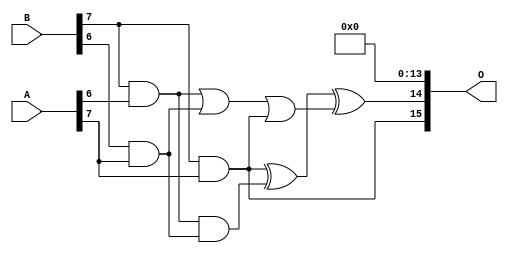
/***
* This code is a part of EvoApproxLib library (ehw.fit.vutbr.cz/approxlib) distributed under The MIT License.
* When used, please cite the following article(s): V. Mrazek, Z. Vasicek, L. Sekanina, H. Jiang and J. Han, "Scalable Construction of Approximate Multipliers With Formally Guaranteed Worst Case Error" in IEEE Transactions on Very Large Scale Integration (VLSI) Systems, vol. 26, no. 11, pp. 2572-2576, Nov. 2018. doi: 10.1109/TVLSI.2018.2856362 
* This file contains a circuit from a sub-set of pareto optimal circuits with respect to the pwr and wce parameters
***/
// MAE% = 0.011 %
// MAE = 463046 
// WCE% = 0.058 %
// WCE = 2472129 
// WCRE% = 1500.00 %
// EP% = 100.00 %
// MRE% = 0.46 %
// MSE = 32818.049e7 
// PDK45_PWR = 0.791 mW
// PDK45_AREA = 1284.9 um2
// PDK45_DELAY = 2.03 ns

module mult8_cgp14ep_ep65536_wc16384_2_csamcsa (
    A,
    B,
    O
);

input [7:0] A;
input [7:0] B;
output [15:0] O;

wire sig_225,sig_267,sig_268,sig_299,sig_300,sig_302,sig_328,sig_331;

assign sig_225 = B[7] & A[6];
assign sig_267 = B[6] & A[7];
assign sig_268 = B[7] & A[7];
assign sig_299 = sig_225 | sig_267;
assign sig_300 = sig_225 & sig_267;
assign sig_302 = sig_299 | sig_268;
assign sig_328 = sig_268 ^ sig_300;
assign sig_331 = sig_328 ^ sig_302;

assign O[15] = sig_268;
assign O[14] = sig_331;
assign O[13] = 1'b0;
assign O[12] = 1'b0;
assign O[11] = 1'b0;
assign O[10] = 1'b0;
assign O[9] = 1'b0;
assign O[8] = 1'b0;
assign O[7] = 1'b0;
assign O[6] = 1'b0;
assign O[5] = 1'b0;
assign O[4] = 1'b0;
assign O[3] = 1'b0;
assign O[2] = 1'b0;
assign O[1] = 1'b0;
assign O[0] = 1'b0;

endmodule

module mult8_cgp14ep_ep65536_wc4545_rcam (
    A,
    B,
    O
);

input [7:0] A;
input [7:0] B;
output [15:0] O;

wire sig_163,sig_208,sig_241,sig_242,sig_251,sig_252,sig_253,sig_260,sig_272,sig_281,sig_283,sig_284,sig_285,sig_286,sig_287,sig_288,sig_289,sig_290,sig_295,sig_296;
wire sig_297,sig_298,sig_312,sig_313,sig_315,sig_316,sig_317,sig_318,sig_319,sig_320,sig_321,sig_322,sig_323,sig_324,sig_325,sig_326,sig_327,sig_328,sig_329,sig_330;
wire sig_331,sig_332,sig_333,sig_334,sig_335;

assign sig_163 = B[7] & A[4];
assign sig_208 = B[7] & A[5];
assign sig_241 = sig_163 ^ sig_208;
assign sig_242 = sig_163 & A[5];
assign sig_251 = B[5] & A[6];
assign sig_252 = B[6] & A[6];
assign sig_253 = B[7] & A[6];
assign sig_260 = sig_252 & sig_241;
assign sig_272 = A[5] & B[6];
assign sig_281 = sig_241 ^ sig_252;
assign sig_283 = sig_281 & sig_251;
assign sig_284 = sig_281 ^ sig_251;
assign sig_285 = sig_260 | sig_283;
assign sig_286 = sig_242 ^ sig_253;
assign sig_287 = sig_242 & sig_253;
assign sig_288 = sig_253 & sig_285;
assign sig_289 = sig_286 ^ sig_285;
assign sig_290 = sig_287 | sig_288;
assign sig_295 = B[4] & A[7];
assign sig_296 = B[5] & A[7];
assign sig_297 = B[6] & A[7];
assign sig_298 = B[7] & A[7];
assign sig_312 = A[7] & B[3];
assign sig_313 = B[4] & A[3];
assign sig_315 = sig_312 | sig_313;
assign sig_316 = sig_272 ^ sig_295;
assign sig_317 = sig_272 & sig_295;
assign sig_318 = sig_316 & sig_315;
assign sig_319 = sig_316 ^ sig_315;
assign sig_320 = sig_317 | sig_318;
assign sig_321 = sig_284 ^ sig_296;
assign sig_322 = sig_284 & sig_296;
assign sig_323 = sig_321 & sig_320;
assign sig_324 = sig_321 ^ sig_320;
assign sig_325 = sig_322 | sig_323;
assign sig_326 = sig_289 ^ sig_297;
assign sig_327 = sig_289 & sig_297;
assign sig_328 = sig_326 & sig_325;
assign sig_329 = sig_326 ^ sig_325;
assign sig_330 = sig_327 | sig_328;
assign sig_331 = sig_290 ^ sig_298;
assign sig_332 = sig_290 & A[7];
assign sig_333 = B[7] & sig_330;
assign sig_334 = sig_331 ^ sig_330;
assign sig_335 = sig_332 | sig_333;

assign O[15] = sig_335;
assign O[14] = sig_334;
assign O[13] = sig_329;
assign O[12] = sig_324;
assign O[11] = sig_319;
assign O[10] = sig_272;
assign O[9] = sig_298;
assign O[8] = sig_295;
assign O[7] = sig_331;
assign O[6] = 1'b0;
assign O[5] = sig_298;
assign O[4] = 1'b0;
assign O[3] = sig_288;
assign O[2] = sig_331;
assign O[1] = sig_287;
assign O[0] = 1'b0;

endmodule

module mult8_cgp14_wc3_csamcsa (
    A,
    B,
    O
);

input [7:0] A;
input [7:0] B;
output [15:0] O;

wire sig_18,sig_19,sig_20,sig_21,sig_22,sig_23,sig_25,sig_26,sig_27,sig_28,sig_29,sig_30,sig_31,sig_32,sig_34,sig_35,sig_36,sig_37,sig_38,sig_39;
wire sig_40,sig_41,sig_42,sig_43,sig_44,sig_45,sig_46,sig_47,sig_48,sig_49,sig_50,sig_51,sig_52,sig_53,sig_54,sig_55,sig_59,sig_60,sig_61,sig_62;
wire sig_63,sig_64,sig_65,sig_66,sig_67,sig_68,sig_69,sig_70,sig_71,sig_72,sig_73,sig_74,sig_75,sig_76,sig_77,sig_78,sig_79,sig_80,sig_81,sig_82;
wire sig_83,sig_84,sig_85,sig_87,sig_88,sig_89,sig_90,sig_91,sig_92,sig_93,sig_94,sig_95,sig_96,sig_97,sig_98,sig_99,sig_100,sig_101,sig_102,sig_103;
wire sig_104,sig_105,sig_106,sig_107,sig_108,sig_109,sig_110,sig_111,sig_112,sig_113,sig_114,sig_115,sig_116,sig_117,sig_118,sig_119,sig_120,sig_121,sig_122,sig_123;
wire sig_124,sig_125,sig_126,sig_127,sig_128,sig_129,sig_130,sig_131,sig_132,sig_133,sig_134,sig_135,sig_136,sig_137,sig_138,sig_139,sig_140,sig_141,sig_142,sig_143;
wire sig_144,sig_145,sig_146,sig_147,sig_148,sig_149,sig_150,sig_151,sig_152,sig_153,sig_154,sig_155,sig_156,sig_157,sig_158,sig_159,sig_160,sig_161,sig_162,sig_163;
wire sig_164,sig_165,sig_166,sig_167,sig_168,sig_169,sig_170,sig_171,sig_172,sig_173,sig_174,sig_175,sig_176,sig_177,sig_178,sig_179,sig_180,sig_181,sig_182,sig_183;
wire sig_184,sig_185,sig_186,sig_187,sig_188,sig_189,sig_190,sig_191,sig_192,sig_193,sig_194,sig_195,sig_196,sig_197,sig_198,sig_199,sig_200,sig_201,sig_202,sig_203;
wire sig_204,sig_205,sig_206,sig_207,sig_208,sig_209,sig_210,sig_211,sig_212,sig_213,sig_214,sig_215,sig_216,sig_217,sig_218,sig_219,sig_220,sig_221,sig_222,sig_223;
wire sig_224,sig_225,sig_226,sig_227,sig_228,sig_229,sig_230,sig_231,sig_232,sig_233,sig_234,sig_235,sig_236,sig_237,sig_238,sig_239,sig_240,sig_241,sig_242,sig_243;
wire sig_244,sig_245,sig_246,sig_247,sig_248,sig_249,sig_250,sig_251,sig_252,sig_253,sig_254,sig_255,sig_256,sig_257,sig_258,sig_259,sig_260,sig_261,sig_262,sig_263;
wire sig_264,sig_265,sig_266,sig_267,sig_268,sig_269,sig_270,sig_271,sig_272,sig_273,sig_274,sig_275,sig_276,sig_277,sig_278,sig_279,sig_280,sig_281,sig_282,sig_283;
wire sig_284,sig_285,sig_286,sig_287,sig_288,sig_289,sig_290,sig_291,sig_292,sig_293,sig_294,sig_295,sig_296,sig_297,sig_298,sig_299,sig_300,sig_301,sig_302,sig_303;
wire sig_304,sig_305,sig_306,sig_307,sig_308,sig_309,sig_310,sig_311,sig_312,sig_313,sig_314,sig_315,sig_316,sig_317,sig_318,sig_319,sig_320,sig_321,sig_322,sig_323;
wire sig_324,sig_325,sig_326,sig_327,sig_328,sig_329,sig_330,sig_331,sig_332,sig_333,sig_335,sig_336,sig_338,sig_339,sig_340,sig_341,sig_344,sig_345,sig_348,sig_349;
wire sig_350,sig_352,sig_353,sig_354,sig_355,sig_356,sig_357,sig_358,sig_361,sig_362;

assign sig_18 = B[2] & A[0];
assign sig_19 = B[3] & A[0];
assign sig_20 = B[4] & A[0];
assign sig_21 = B[5] & A[0];
assign sig_22 = B[6] & sig_21;
assign sig_23 = B[7] & A[0];
assign sig_25 = B[1] & A[1];
assign sig_26 = B[2] & A[1];
assign sig_27 = B[3] & A[1];
assign sig_28 = B[4] & A[1];
assign sig_29 = B[5] & A[1];
assign sig_30 = B[6] & A[1];
assign sig_31 = B[7] & A[1];
assign sig_32 = A[0] & B[6];
assign sig_34 = sig_18 ^ sig_25;
assign sig_35 = sig_18 & sig_25;
assign sig_36 = sig_19 ^ sig_26;
assign sig_37 = sig_19 & sig_26;
assign sig_38 = sig_20 ^ sig_27;
assign sig_39 = sig_20 & sig_27;
assign sig_40 = sig_21 ^ sig_28;
assign sig_41 = sig_21 & sig_28;
assign sig_42 = sig_32 ^ sig_29;
assign sig_43 = sig_22 & A[1];
assign sig_44 = sig_23 ^ sig_30;
assign sig_45 = sig_31 & sig_32;
assign sig_46 = B[0] & A[2];
assign sig_47 = B[1] & A[2];
assign sig_48 = B[2] & A[2];
assign sig_49 = B[3] & A[2];
assign sig_50 = B[4] & A[2];
assign sig_51 = B[5] & A[2];
assign sig_52 = B[6] & A[2];
assign sig_53 = B[7] & A[2];
assign sig_54 = sig_34 ^ sig_46;
assign sig_55 = sig_34 & sig_46;
assign sig_59 = sig_36 ^ sig_47;
assign sig_60 = sig_36 & sig_47;
assign sig_61 = sig_59 & sig_35;
assign sig_62 = sig_59 ^ sig_35;
assign sig_63 = sig_60 | sig_61;
assign sig_64 = sig_38 ^ sig_48;
assign sig_65 = sig_38 & sig_48;
assign sig_66 = sig_64 & sig_37;
assign sig_67 = sig_64 ^ sig_37;
assign sig_68 = sig_65 | sig_66;
assign sig_69 = sig_40 ^ sig_49;
assign sig_70 = sig_40 & sig_49;
assign sig_71 = sig_69 & sig_39;
assign sig_72 = sig_69 ^ sig_39;
assign sig_73 = sig_70 | sig_71;
assign sig_74 = sig_42 ^ sig_50;
assign sig_75 = sig_42 & sig_50;
assign sig_76 = sig_74 & sig_41;
assign sig_77 = sig_74 ^ sig_41;
assign sig_78 = sig_75 | sig_76;
assign sig_79 = sig_44 ^ sig_51;
assign sig_80 = sig_44 & sig_51;
assign sig_81 = sig_79 & sig_43;
assign sig_82 = sig_79 ^ sig_43;
assign sig_83 = sig_80 | sig_81;
assign sig_84 = sig_31 ^ sig_52;
assign sig_85 = sig_31 & sig_52;
assign sig_87 = sig_84 ^ sig_45;
assign sig_88 = sig_85 | sig_45;
assign sig_89 = B[0] & A[3];
assign sig_90 = B[1] & A[3];
assign sig_91 = B[2] & A[3];
assign sig_92 = B[3] & A[3];
assign sig_93 = B[4] & A[3];
assign sig_94 = B[5] & A[3];
assign sig_95 = B[6] & A[3];
assign sig_96 = B[7] & A[3];
assign sig_97 = sig_62 ^ sig_89;
assign sig_98 = sig_62 & sig_89;
assign sig_99 = sig_97 & sig_55;
assign sig_100 = sig_97 ^ sig_55;
assign sig_101 = sig_98 | sig_99;
assign sig_102 = sig_67 ^ sig_90;
assign sig_103 = sig_67 & sig_90;
assign sig_104 = sig_102 & sig_63;
assign sig_105 = sig_102 ^ sig_63;
assign sig_106 = sig_103 | sig_104;
assign sig_107 = sig_72 ^ sig_91;
assign sig_108 = sig_72 & sig_91;
assign sig_109 = sig_107 & sig_68;
assign sig_110 = sig_107 ^ sig_68;
assign sig_111 = sig_108 | sig_109;
assign sig_112 = sig_77 ^ sig_92;
assign sig_113 = sig_77 & sig_92;
assign sig_114 = sig_112 & sig_73;
assign sig_115 = sig_112 ^ sig_73;
assign sig_116 = sig_113 | sig_114;
assign sig_117 = sig_82 ^ sig_93;
assign sig_118 = sig_82 & sig_93;
assign sig_119 = sig_117 & sig_78;
assign sig_120 = sig_117 ^ sig_78;
assign sig_121 = sig_118 | sig_119;
assign sig_122 = sig_87 ^ sig_94;
assign sig_123 = sig_87 & sig_94;
assign sig_124 = sig_122 & sig_83;
assign sig_125 = sig_122 ^ sig_83;
assign sig_126 = sig_123 | sig_124;
assign sig_127 = sig_53 ^ sig_95;
assign sig_128 = sig_53 & sig_95;
assign sig_129 = sig_127 & sig_88;
assign sig_130 = sig_127 ^ sig_88;
assign sig_131 = sig_128 | sig_129;
assign sig_132 = B[0] & A[4];
assign sig_133 = B[1] & A[4];
assign sig_134 = B[2] & A[4];
assign sig_135 = B[3] & A[4];
assign sig_136 = B[4] & A[4];
assign sig_137 = B[5] & A[4];
assign sig_138 = B[6] & A[4];
assign sig_139 = B[7] & A[4];
assign sig_140 = sig_105 ^ sig_132;
assign sig_141 = sig_105 & sig_132;
assign sig_142 = sig_140 & sig_101;
assign sig_143 = sig_140 ^ sig_101;
assign sig_144 = sig_141 | sig_142;
assign sig_145 = sig_110 ^ sig_133;
assign sig_146 = sig_110 & sig_133;
assign sig_147 = sig_145 & sig_106;
assign sig_148 = sig_145 ^ sig_106;
assign sig_149 = sig_146 | sig_147;
assign sig_150 = sig_115 ^ sig_134;
assign sig_151 = sig_115 & sig_134;
assign sig_152 = sig_150 & sig_111;
assign sig_153 = sig_150 ^ sig_111;
assign sig_154 = sig_151 | sig_152;
assign sig_155 = sig_120 ^ sig_135;
assign sig_156 = sig_120 & sig_135;
assign sig_157 = sig_155 & sig_116;
assign sig_158 = sig_155 ^ sig_116;
assign sig_159 = sig_156 | sig_157;
assign sig_160 = sig_125 ^ sig_136;
assign sig_161 = sig_125 & sig_136;
assign sig_162 = sig_160 & sig_121;
assign sig_163 = sig_160 ^ sig_121;
assign sig_164 = sig_161 | sig_162;
assign sig_165 = sig_130 ^ sig_137;
assign sig_166 = sig_130 & sig_137;
assign sig_167 = sig_165 & sig_126;
assign sig_168 = sig_165 ^ sig_126;
assign sig_169 = sig_166 | sig_167;
assign sig_170 = sig_96 ^ sig_138;
assign sig_171 = sig_96 & sig_138;
assign sig_172 = sig_170 & sig_131;
assign sig_173 = sig_170 ^ sig_131;
assign sig_174 = sig_171 | sig_172;
assign sig_175 = B[0] & A[5];
assign sig_176 = B[1] & A[5];
assign sig_177 = B[2] & A[5];
assign sig_178 = B[3] & A[5];
assign sig_179 = B[4] & A[5];
assign sig_180 = B[5] & A[5];
assign sig_181 = B[6] & A[5];
assign sig_182 = B[7] & A[5];
assign sig_183 = sig_148 ^ sig_175;
assign sig_184 = sig_148 & sig_175;
assign sig_185 = sig_183 & sig_144;
assign sig_186 = sig_183 ^ sig_144;
assign sig_187 = sig_184 | sig_185;
assign sig_188 = sig_153 ^ sig_176;
assign sig_189 = sig_153 & sig_176;
assign sig_190 = sig_188 & sig_149;
assign sig_191 = sig_188 ^ sig_149;
assign sig_192 = sig_189 | sig_190;
assign sig_193 = sig_158 ^ sig_177;
assign sig_194 = sig_158 & sig_177;
assign sig_195 = sig_193 & sig_154;
assign sig_196 = sig_193 ^ sig_154;
assign sig_197 = sig_194 | sig_195;
assign sig_198 = sig_163 ^ sig_178;
assign sig_199 = sig_163 & sig_178;
assign sig_200 = sig_198 & sig_159;
assign sig_201 = sig_198 ^ sig_159;
assign sig_202 = sig_199 | sig_200;
assign sig_203 = sig_168 ^ sig_179;
assign sig_204 = sig_168 & sig_179;
assign sig_205 = sig_203 & sig_164;
assign sig_206 = sig_203 ^ sig_164;
assign sig_207 = sig_204 | sig_205;
assign sig_208 = sig_173 ^ sig_180;
assign sig_209 = sig_173 & sig_180;
assign sig_210 = sig_208 & sig_169;
assign sig_211 = sig_208 ^ sig_169;
assign sig_212 = sig_209 | sig_210;
assign sig_213 = sig_139 ^ sig_181;
assign sig_214 = sig_139 & sig_181;
assign sig_215 = sig_213 & sig_174;
assign sig_216 = sig_213 ^ sig_174;
assign sig_217 = sig_214 | sig_215;
assign sig_218 = B[0] & A[6];
assign sig_219 = B[1] & A[6];
assign sig_220 = B[2] & A[6];
assign sig_221 = B[3] & A[6];
assign sig_222 = B[4] & A[6];
assign sig_223 = B[5] & A[6];
assign sig_224 = B[6] & A[6];
assign sig_225 = B[7] & A[6];
assign sig_226 = sig_191 ^ sig_218;
assign sig_227 = sig_191 & sig_218;
assign sig_228 = sig_226 & sig_187;
assign sig_229 = sig_226 ^ sig_187;
assign sig_230 = sig_227 | sig_228;
assign sig_231 = sig_196 ^ sig_219;
assign sig_232 = sig_196 & sig_219;
assign sig_233 = sig_231 & sig_192;
assign sig_234 = sig_231 ^ sig_192;
assign sig_235 = sig_232 | sig_233;
assign sig_236 = sig_201 ^ sig_220;
assign sig_237 = sig_201 & sig_220;
assign sig_238 = sig_236 & sig_197;
assign sig_239 = sig_236 ^ sig_197;
assign sig_240 = sig_237 | sig_238;
assign sig_241 = sig_206 ^ sig_221;
assign sig_242 = sig_206 & sig_221;
assign sig_243 = sig_241 & sig_202;
assign sig_244 = sig_241 ^ sig_202;
assign sig_245 = sig_242 | sig_243;
assign sig_246 = sig_211 ^ sig_222;
assign sig_247 = sig_211 & sig_222;
assign sig_248 = sig_246 & sig_207;
assign sig_249 = sig_246 ^ sig_207;
assign sig_250 = sig_247 | sig_248;
assign sig_251 = sig_216 ^ sig_223;
assign sig_252 = sig_216 & sig_223;
assign sig_253 = sig_251 & sig_212;
assign sig_254 = sig_251 ^ sig_212;
assign sig_255 = sig_252 | sig_253;
assign sig_256 = sig_182 ^ sig_224;
assign sig_257 = sig_182 & sig_224;
assign sig_258 = sig_256 & sig_217;
assign sig_259 = sig_256 ^ sig_217;
assign sig_260 = sig_257 | sig_258;
assign sig_261 = B[0] & A[7];
assign sig_262 = B[1] & A[7];
assign sig_263 = B[2] & A[7];
assign sig_264 = B[3] & A[7];
assign sig_265 = B[4] & A[7];
assign sig_266 = B[5] & A[7];
assign sig_267 = B[6] & A[7];
assign sig_268 = B[7] & A[7];
assign sig_269 = sig_234 ^ sig_261;
assign sig_270 = sig_234 & sig_261;
assign sig_271 = sig_269 & sig_230;
assign sig_272 = sig_269 ^ sig_230;
assign sig_273 = sig_270 | sig_271;
assign sig_274 = sig_239 ^ sig_262;
assign sig_275 = sig_239 & sig_262;
assign sig_276 = sig_274 & sig_235;
assign sig_277 = sig_274 ^ sig_235;
assign sig_278 = sig_275 | sig_276;
assign sig_279 = sig_244 ^ sig_263;
assign sig_280 = sig_244 & sig_263;
assign sig_281 = sig_279 & sig_240;
assign sig_282 = sig_279 ^ sig_240;
assign sig_283 = sig_280 | sig_281;
assign sig_284 = sig_249 ^ sig_264;
assign sig_285 = sig_249 & sig_264;
assign sig_286 = sig_284 & sig_245;
assign sig_287 = sig_284 ^ sig_245;
assign sig_288 = sig_285 | sig_286;
assign sig_289 = sig_254 ^ sig_265;
assign sig_290 = sig_254 & sig_265;
assign sig_291 = sig_289 & sig_250;
assign sig_292 = sig_289 ^ sig_250;
assign sig_293 = sig_290 | sig_291;
assign sig_294 = sig_259 ^ sig_266;
assign sig_295 = sig_259 & sig_266;
assign sig_296 = sig_294 & sig_255;
assign sig_297 = sig_294 ^ sig_255;
assign sig_298 = sig_295 | sig_296;
assign sig_299 = sig_225 ^ sig_267;
assign sig_300 = sig_225 & sig_267;
assign sig_301 = sig_299 & sig_260;
assign sig_302 = sig_299 ^ sig_260;
assign sig_303 = sig_300 | sig_301;
assign sig_304 = sig_277 ^ sig_273;
assign sig_305 = sig_277 & sig_273;
assign sig_306 = sig_282 ^ sig_278;
assign sig_307 = sig_282 & sig_278;
assign sig_308 = sig_306 & sig_305;
assign sig_309 = sig_306 ^ sig_305;
assign sig_310 = sig_307 | sig_308;
assign sig_311 = sig_287 ^ sig_283;
assign sig_312 = sig_287 & sig_283;
assign sig_313 = sig_311 & sig_310;
assign sig_314 = sig_311 ^ sig_310;
assign sig_315 = sig_312 | sig_313;
assign sig_316 = sig_292 ^ sig_288;
assign sig_317 = sig_292 & sig_288;
assign sig_318 = sig_316 & sig_315;
assign sig_319 = sig_316 ^ sig_315;
assign sig_320 = sig_317 | sig_318;
assign sig_321 = ~sig_320;
assign sig_322 = sig_297 & sig_293;
assign sig_323 = sig_302 ^ sig_298;
assign sig_324 = sig_302 & sig_298;
assign sig_325 = sig_323 & sig_322;
assign sig_326 = sig_323 ^ sig_322;
assign sig_327 = sig_324 | sig_325;
assign sig_328 = sig_268 ^ sig_303;
assign sig_329 = A[7] & sig_303;
assign sig_330 = sig_328 & sig_327;
assign sig_331 = sig_328 ^ sig_327;
assign sig_332 = sig_329 | sig_330;
assign sig_333 = sig_297 ^ sig_293;
assign sig_335 = ~sig_333;
assign sig_336 = sig_322 | sig_333;
assign sig_338 = ~sig_320;
assign sig_339 = sig_323 & sig_336;
assign sig_340 = sig_323 ^ sig_336;
assign sig_341 = sig_324 | sig_339;
assign sig_344 = sig_328 & sig_341;
assign sig_345 = sig_328 ^ sig_341;
assign sig_348 = sig_333 & sig_338;
assign sig_349 = sig_335 & sig_320;
assign sig_350 = sig_348 | sig_349;
assign sig_352 = sig_326 & sig_321;
assign sig_353 = sig_340 & sig_320;
assign sig_354 = sig_352 | sig_353;
assign sig_355 = ~sig_320;
assign sig_356 = sig_331 & sig_355;
assign sig_357 = sig_345 & sig_320;
assign sig_358 = sig_356 | sig_357;
assign sig_361 = sig_344 & sig_320;
assign sig_362 = sig_332 | sig_361;

assign O[15] = sig_362;
assign O[14] = sig_358;
assign O[13] = sig_354;
assign O[12] = sig_350;
assign O[11] = sig_319;
assign O[10] = sig_314;
assign O[9] = sig_309;
assign O[8] = sig_304;
assign O[7] = sig_272;
assign O[6] = sig_229;
assign O[5] = sig_186;
assign O[4] = sig_143;
assign O[3] = sig_100;
assign O[2] = sig_54;
assign O[1] = sig_25;
assign O[0] = sig_265;

endmodule

module CLA32bit(a,b,c_in,sum,c_out);

input [31:0]a,b;
input c_in;
output [31:0]sum;
output c_out;

wire [31:0] sum_out,  p,  g;
wire [7:0] PPP, GGG;
wire [8:0] CC;

assign p[31:0] = a[31:0] ^ b[31:0];
assign g[31:0] = a[31:0] & b[31:0];

assign PPP[0]= p [3] & p [2] & p [1] & p [0];
assign PPP[1]= p [7] & p [6] & p [5] & p [4];
assign PPP[2]= p[11] & p[10] & p [9] & p [8];
assign PPP[3]= p[15] & p[14] & p[13] & p[12];
assign PPP[4]= p[19] & p[18] & p[17] & p[16];
assign PPP[5]= p[23] & p[22] & p[21] & p[20];
assign PPP[6]= p[27] & p[26] & p[25] & p[24];
assign PPP[7]= p[31] & p[30] & p[29] & p[28];

assign GGG[0]= g[3]  | (p [3] & g [2])  | (p [3] & p [2] & g [1])  | (p [3] & p [2] & p [1] & g [0]) ;
assign GGG[1]= g[7]  | (p [7] & g [6])  | (p [7] & p [6] & g [5])  | (p [7] & p [6] & p [5] & g [4]);
assign GGG[2]= g[11] | (p[11] & g[10])  | (p[11] & p[10] & g [9])  | (p[11] & p[10] & p [9] & g [8]);
assign GGG[3]= g[15] | (p[15] & g[14])  | (p[15] & p[14] & g[13])  | (p[15] & p[14] & p[13] & g[12]);
assign GGG[4]= g[19] | (p[19] & g[18])  | (p[19] & p[18] & g[17])  | (p[19] & p[18] & p[17] & g[16]);
assign GGG[5]= g[23] | (p[23] & g[22])  | (p[23] & p[22] & g[21])  | (p[23] & p[22] & p[21] & g[20]);
assign GGG[6]= g[27] | (p[27] & g[26])  | (p[27] & p[26] & g[25])  | (p[27] & p[26] & p[25] & g[24]);
assign GGG[7]= g[31] | (p[31] & g[30])  | (p[31] & p[30] & g[29])  | (p[31] & p[30] & p[29] & g[28]);
assign CC[0] = c_in;
assign CC[1] = GGG[0]  |  PPP[0]&  CC[0];
assign CC[2] = GGG[1]  |  PPP[1]&GGG[0]  |  PPP[1]&PPP[0]&  CC[0];
assign CC[3] = GGG[2]  |  PPP[2]&GGG[1]  |  PPP[2]&PPP[1]&GGG[0]  |  PPP[2]&PPP[1]&PPP[0]&  CC[0];
assign CC[4] = GGG[3]  |  PPP[3]&GGG[2]  |  PPP[3]&PPP[2]&GGG[1]  |  PPP[3]&PPP[2]&PPP[1]&GGG[0]  |  PPP[3]&PPP[2]&PPP[1]&PPP[0]&  CC[0];
assign CC[5] = GGG[4]  |  PPP[4]&GGG[3]  |  PPP[4]&PPP[3]&GGG[2]  |  PPP[4]&PPP[3]&PPP[2]&GGG[1]  |  PPP[4]&PPP[3]&PPP[2]&PPP[1]&GGG[0] |  PPP[4]&PPP[3]&PPP[2]&PPP[1]&PPP[0]&  CC[0];
assign CC[6] = GGG[5]  |  PPP[5]&GGG[4]  |  PPP[5]&PPP[4]&GGG[3]  |  PPP[5]&PPP[4]&PPP[3]&GGG[2]  |  PPP[5]&PPP[4]&PPP[3]&PPP[2]&GGG[1] |  PPP[5]&PPP[4]&PPP[3]&PPP[2]&PPP[1]&GGG[0] |  PPP[5]&PPP[4]&PPP[3]&PPP[2]&PPP[1]&PPP[0]& CC[0];
assign CC[7] = GGG[6]  | PPP[6]&GGG[5]  |  PPP[6]&PPP[5]&GGG[4]  |  PPP[6]&PPP[5]&PPP[4]&GGG[3]  |  PPP[6]&PPP[5]&PPP[4]&PPP[3]&GGG[2]  |  PPP[6]&PPP[5]&PPP[4]&PPP[3]&PPP[2]&GGG[1] |  PPP[6]&PPP[5]&PPP[4]&PPP[3]&PPP[2]&PPP[1]&GGG[0] |  PPP[6]&PPP[5]&PPP[4]&PPP[3]&PPP[2]&PPP[1]&PPP[0] & CC[0];
assign CC[8] = GGG[7] | PPP[7]&GGG[6]  | PPP[7]&PPP[6]&GGG[5]  |  PPP[7]&PPP[6]&PPP[5]&GGG[4]  |  PPP[7]&PPP[6]&PPP[5]&PPP[4]&GGG[3]  |  PPP[7]&PPP[6]&PPP[5]&PPP[4]&PPP[3]&GGG[2]  |  PPP[7]&PPP[6]&PPP[5]&PPP[4]&PPP[3]&PPP[2]&GGG[1] |  PPP[7]&PPP[6]&PPP[5]&PPP[4]&PPP[3]&PPP[2]&PPP[1]&GGG[0] |  PPP[7]&PPP[6]&PPP[5]&PPP[4]&PPP[3]&PPP[2]&PPP[1]&PPP[0] & CC[0];
cla_4bit cla4bit1(.aa(a  [3:0]),  .bb(b  [3:0]),  .cin(CC[0]),   .pp(p  [3:0]),  .gg(g  [3:0]),   .summ(sum  [3:0]));
cla_4bit cla4bit2(.aa(a  [7:4]),  .bb(b  [7:4]),  .cin(CC[1]),   .pp(p  [7:4]),  .gg(g  [7:4]),   .summ(sum  [7:4]));
cla_4bit cla4bit3(.aa(a [11:8]),  .bb(b [11:8]),  .cin(CC[2]),   .pp(p [11:8]),  .gg(g [11:8]),   .summ(sum [11:8]));
cla_4bit cla4bit4(.aa(a[15:12]),  .bb(b[15:12]),  .cin(CC[3]),   .pp(p[15:12]),  .gg(g[15:12]),   .summ(sum[15:12]));
cla_4bit cla4bit5(.aa(a[19:16]),  .bb(b[19:16]),  .cin(CC[4]),   .pp(p[19:16]),  .gg(g[19:16]),   .summ(sum[19:16]));
cla_4bit cla4bit6(.aa(a[23:20]),  .bb(b[23:20]),  .cin(CC[5]),   .pp(p[23:20]),  .gg(g[23:20]),   .summ(sum[23:20]));
cla_4bit cla4bit7(.aa(a[27:24]),  .bb(b[27:24]),  .cin(CC[6]),   .pp(p[27:24]),  .gg(g[27:24]),   .summ(sum[27:24]));
cla_4bit cla4bit8(.aa(a[31:28]),  .bb(b[31:28]),  .cin(CC[7]),   .pp(p[31:28]),  .gg(g[31:28]),   .summ(sum[31:28]));

assign c_out=CC[8];

endmodule
module cla_4bit(aa,bb,cin,summ,pp,gg);
input  [3:0] aa,bb,pp,gg;  
input cin;
output [3:0] summ;

wire [3:0] c;

   assign c[0] = cin;
   assign c[1] = gg[0] | (pp[0] & c[0]);
   assign c[2] = gg[1] | (pp[1] & gg[0]) | (pp[1] & pp[0] & c[0]);
   assign c[3] = gg[2] | (pp[2] & gg[1]) | (pp[2] & pp[1] & gg[0])| (pp[2] & pp[1] & pp[0] & c[0]);

   assign summ[3:0] = pp[3:0]  ^  c[3:0];
endmodule

`timescale 1ns/100ps
module mul16u_8VH ( input[15:0] A,
                   input[15:0] B,
                   output [31:0] O
                 );

wire [15:0] ll,lh,hl,hh;
wire [31:0] llhhlh_sum;
wire [31:0] shifted_llhh, shifted_lh, shifted_hl;

localparam MAX1 = 15;
localparam MIN1 = 8;

localparam MAX2 = 7;
localparam MIN2 = 0;

mult8_cgp14ep_ep65536_wc16384_2_csamcsa LxL (.A(A[MAX2:MIN2]), .B(B[MAX2:MIN2]), .O(ll));
mult8_cgp14ep_ep65536_wc4545_rcam HxL (.A(A[MAX1:MIN1]), .B(B[MAX2:MIN2]), .O(hl));
mult8_cgp14ep_ep65536_wc4545_rcam LxH (.A(A[MAX2:MIN2]), .B(B[MAX1:MIN1]), .O(lh));
mult8_cgp14_wc3_csamcsa HxH (.A(A[MAX1:MIN1]), .B(B[MAX1:MIN1]), .O(hh));

assign shifted_llhh = { hh, ll }; 
assign shifted_lh = { {8{1'b0}}, lh, {8{1'b0}}}; 
assign shifted_hl = { {8{1'b0}}, hl, {8{1'b0}}};
CLA32bit LLHHLH (.a(shifted_llhh), .b(shifted_lh), .c_in(1'b0), .sum(llhhlh_sum), .c_out());
CLA32bit SUMO (.a(llhhlh_sum), .b(shifted_hl), .c_in(1'b0), .sum(O), .c_out());

endmodule